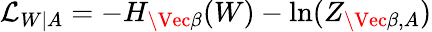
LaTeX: \mathcal{L}_{W|A}=-H_{\Vec{\beta}}(W)-\ln(Z_{\Vec{\beta},A})